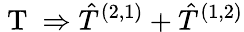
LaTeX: \mathrm{~T~}\Rightarrow\hat{T}^{(2,1)}+\hat{T}^{(1,2)}